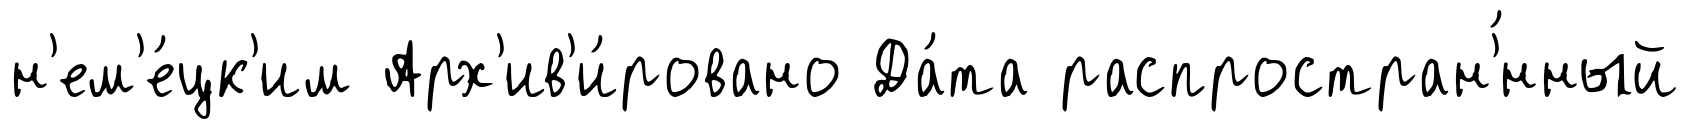
н'ем'е́цк'им Арх'ив'и́ровано Да́та распростран'́нный